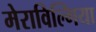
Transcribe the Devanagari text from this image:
मेराविल्गिया